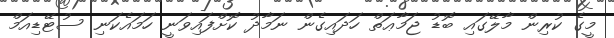
މީގެ ކުރިން މާލޭގައި ބޮޑު ޖަމާޢަތް ހަދައިގެން ނަމާދު ކޮށްފައިވަނީ ހަމައެކަނި ސުޓޭޑިއަމް